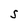
Character: S